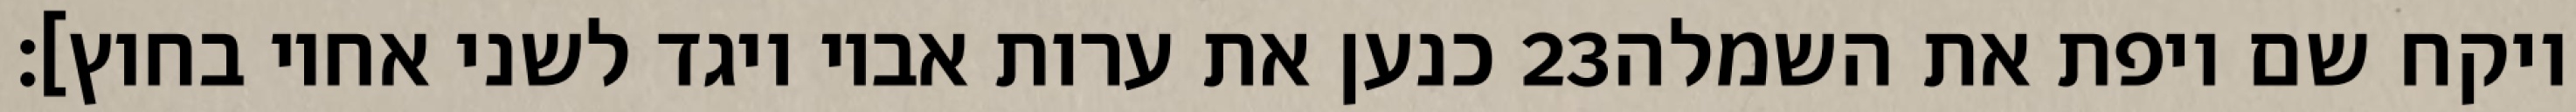
כנען את ערות אביו ויגד לשני אחיו בחוץ]׃ ‎23‏ ויקח שם ויפת את השמלה